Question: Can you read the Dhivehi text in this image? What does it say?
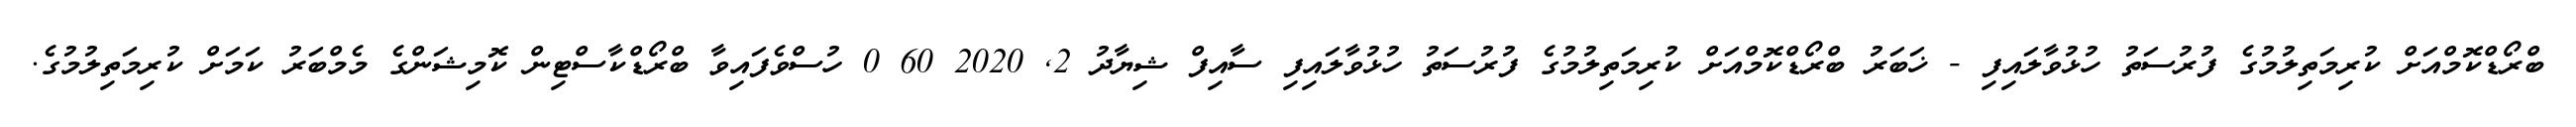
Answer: ބްރޯޑްކޮމްއަށް ކުރިމަތިލުމުގެ ފުރުސަތު ހުޅުވާލައިފި - ޚަބަރު ބްރޯޑްކޮމްއަށް ކުރިމަތިލުމުގެ ފުރުސަތު ހުޅުވާލައިފި ސާއިފް ޝިޔާދު 2, 2020 60 0 ހުސްވެފައިވާ ބްރޯޑްކާސްޓިން ކޮމިޝަންގެ މެމްބަރު ކަމަށް ކުރިމަތިލުމުގެ.